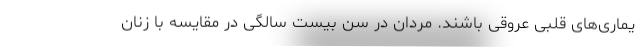
یماری‌های قلبی عروقی باشند. مردان در سن بیست سالگی در مقایسه با زنان